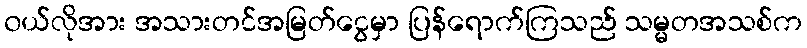
၀ယ်လိုအား အသားတင်အမြတ်ငွေမှာ ပြန်ရောက်ကြသည် သမ္မတအသစ်က